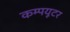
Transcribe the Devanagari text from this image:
कम्पयूटर